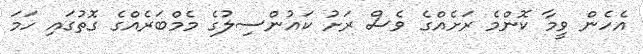
އެހެން ވީމާ ކޮންމެ ރަށެއްގެ ވެސް ރަށު ކައުންސިލުގެ މެމްބަރެއްގެ ގޮތުގައި ހަމަ